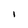
Character: 1